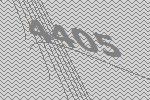
4405